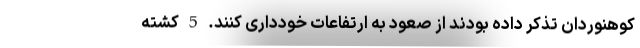
کوهنوردان تذکر داده بودند از صعود به ارتفاعات خودداری کنند. 5 کشته